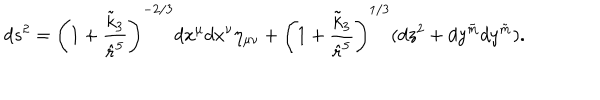
LaTeX: d s ^ { 2 } = \left( 1 + \frac { \tilde { k } _ { 3 } } { \hat { r } ^ { 5 } } \right) ^ { - 2 / 3 } d x ^ { \mu } d x ^ { \nu } \eta _ { \mu \nu } + \left( 1 + \frac { \tilde { k } _ { 3 } } { \hat { r } ^ { 5 } } \right) ^ { 1 / 3 } ( d z ^ { 2 } + d y ^ { \tilde { m } } d y ^ { \tilde { m } } ) .